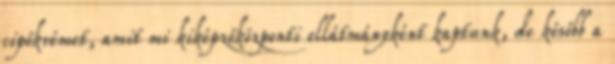
cipőkrémet, amit mi kiképzőközponti ellátmányként kaptunk, de később a